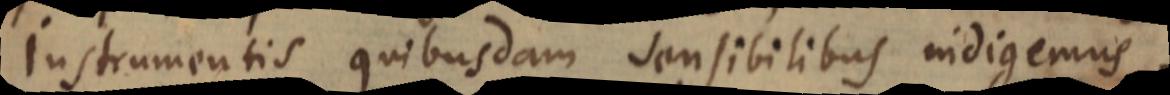
Instrumentis quibusdam sensibilibus indigemus,